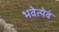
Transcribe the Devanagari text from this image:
भवेत्येवं